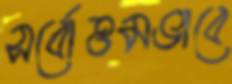
সর্বোত্তমভাবে